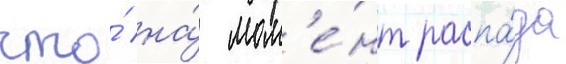
что́ на́ мом'е́нт распа́да